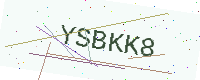
Text: YSBKK8